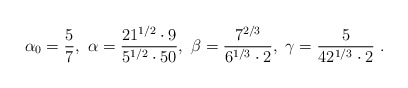
\begin{align*}\alpha_0 = \frac5 7,~\alpha= \frac{21^{1/2}\cdot 9}{5^{1/2}\cdot 50},~ \beta= \frac{7^{2/3}}{6^{1/3}\cdot 2} ,~ \gamma=\frac {5}{42^{1/3}\cdot 2} ~.\end{align*}